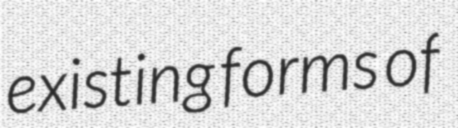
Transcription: existing forms of